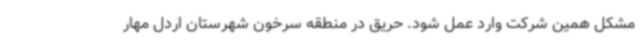
مشکل همین شرکت وارد عمل شود. حریق در منطقه سرخون شهرستان اردل مهار